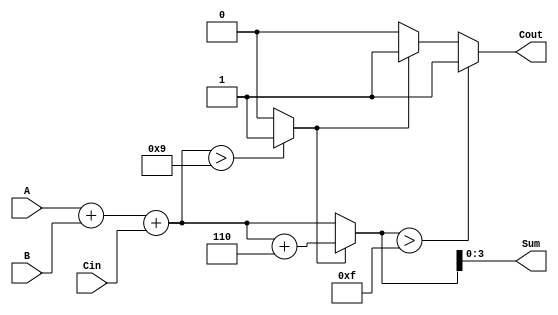
module BCD_Redundant_Binary_Adder(
    input [3:0] A,         // First BCD input (redundant binary)
    input [3:0] B,         // Second BCD input (redundant binary)
    input Cin,             // Carry input
    output reg [3:0] Sum,  // BCD output (redundant binary)
    output reg Cout        // Carry output
);

    reg [4:0] temp_sum;   // Temp variable to hold the sum with carry
    reg correction;        // Flag for correction logic
    reg [3:0] correction_value = 4'b0110;  // Binary 6 for correction

    always @(*) begin
        // Initialize outputs
        Sum = 4'b0000;
        Cout = 1'b0;
        
        // Step 1: Add with carry
        temp_sum = A + B + Cin;

        // Step 2: Check for BCD correction condition (if sum > 9)
        if (temp_sum > 9) begin
            correction = 1;
        end else begin
            correction = 0;
        end
        
        // Step 3: Apply correction if needed
        if (correction) begin
            temp_sum = temp_sum + correction_value;
            Cout = 1; // Generate carry out if there was a correction
        end

        // Step 4: Assign sum (keep as BCD)
        Sum = temp_sum[3:0];  // Lower 4 bits represent the BCD sum

        // Step 5: Determine carry out after correction
        if (temp_sum > 15) begin // If sum exceeds BCD representation
            Cout = 1; // Final carry out if full 4 bits are utilized
        end
    end

endmodule